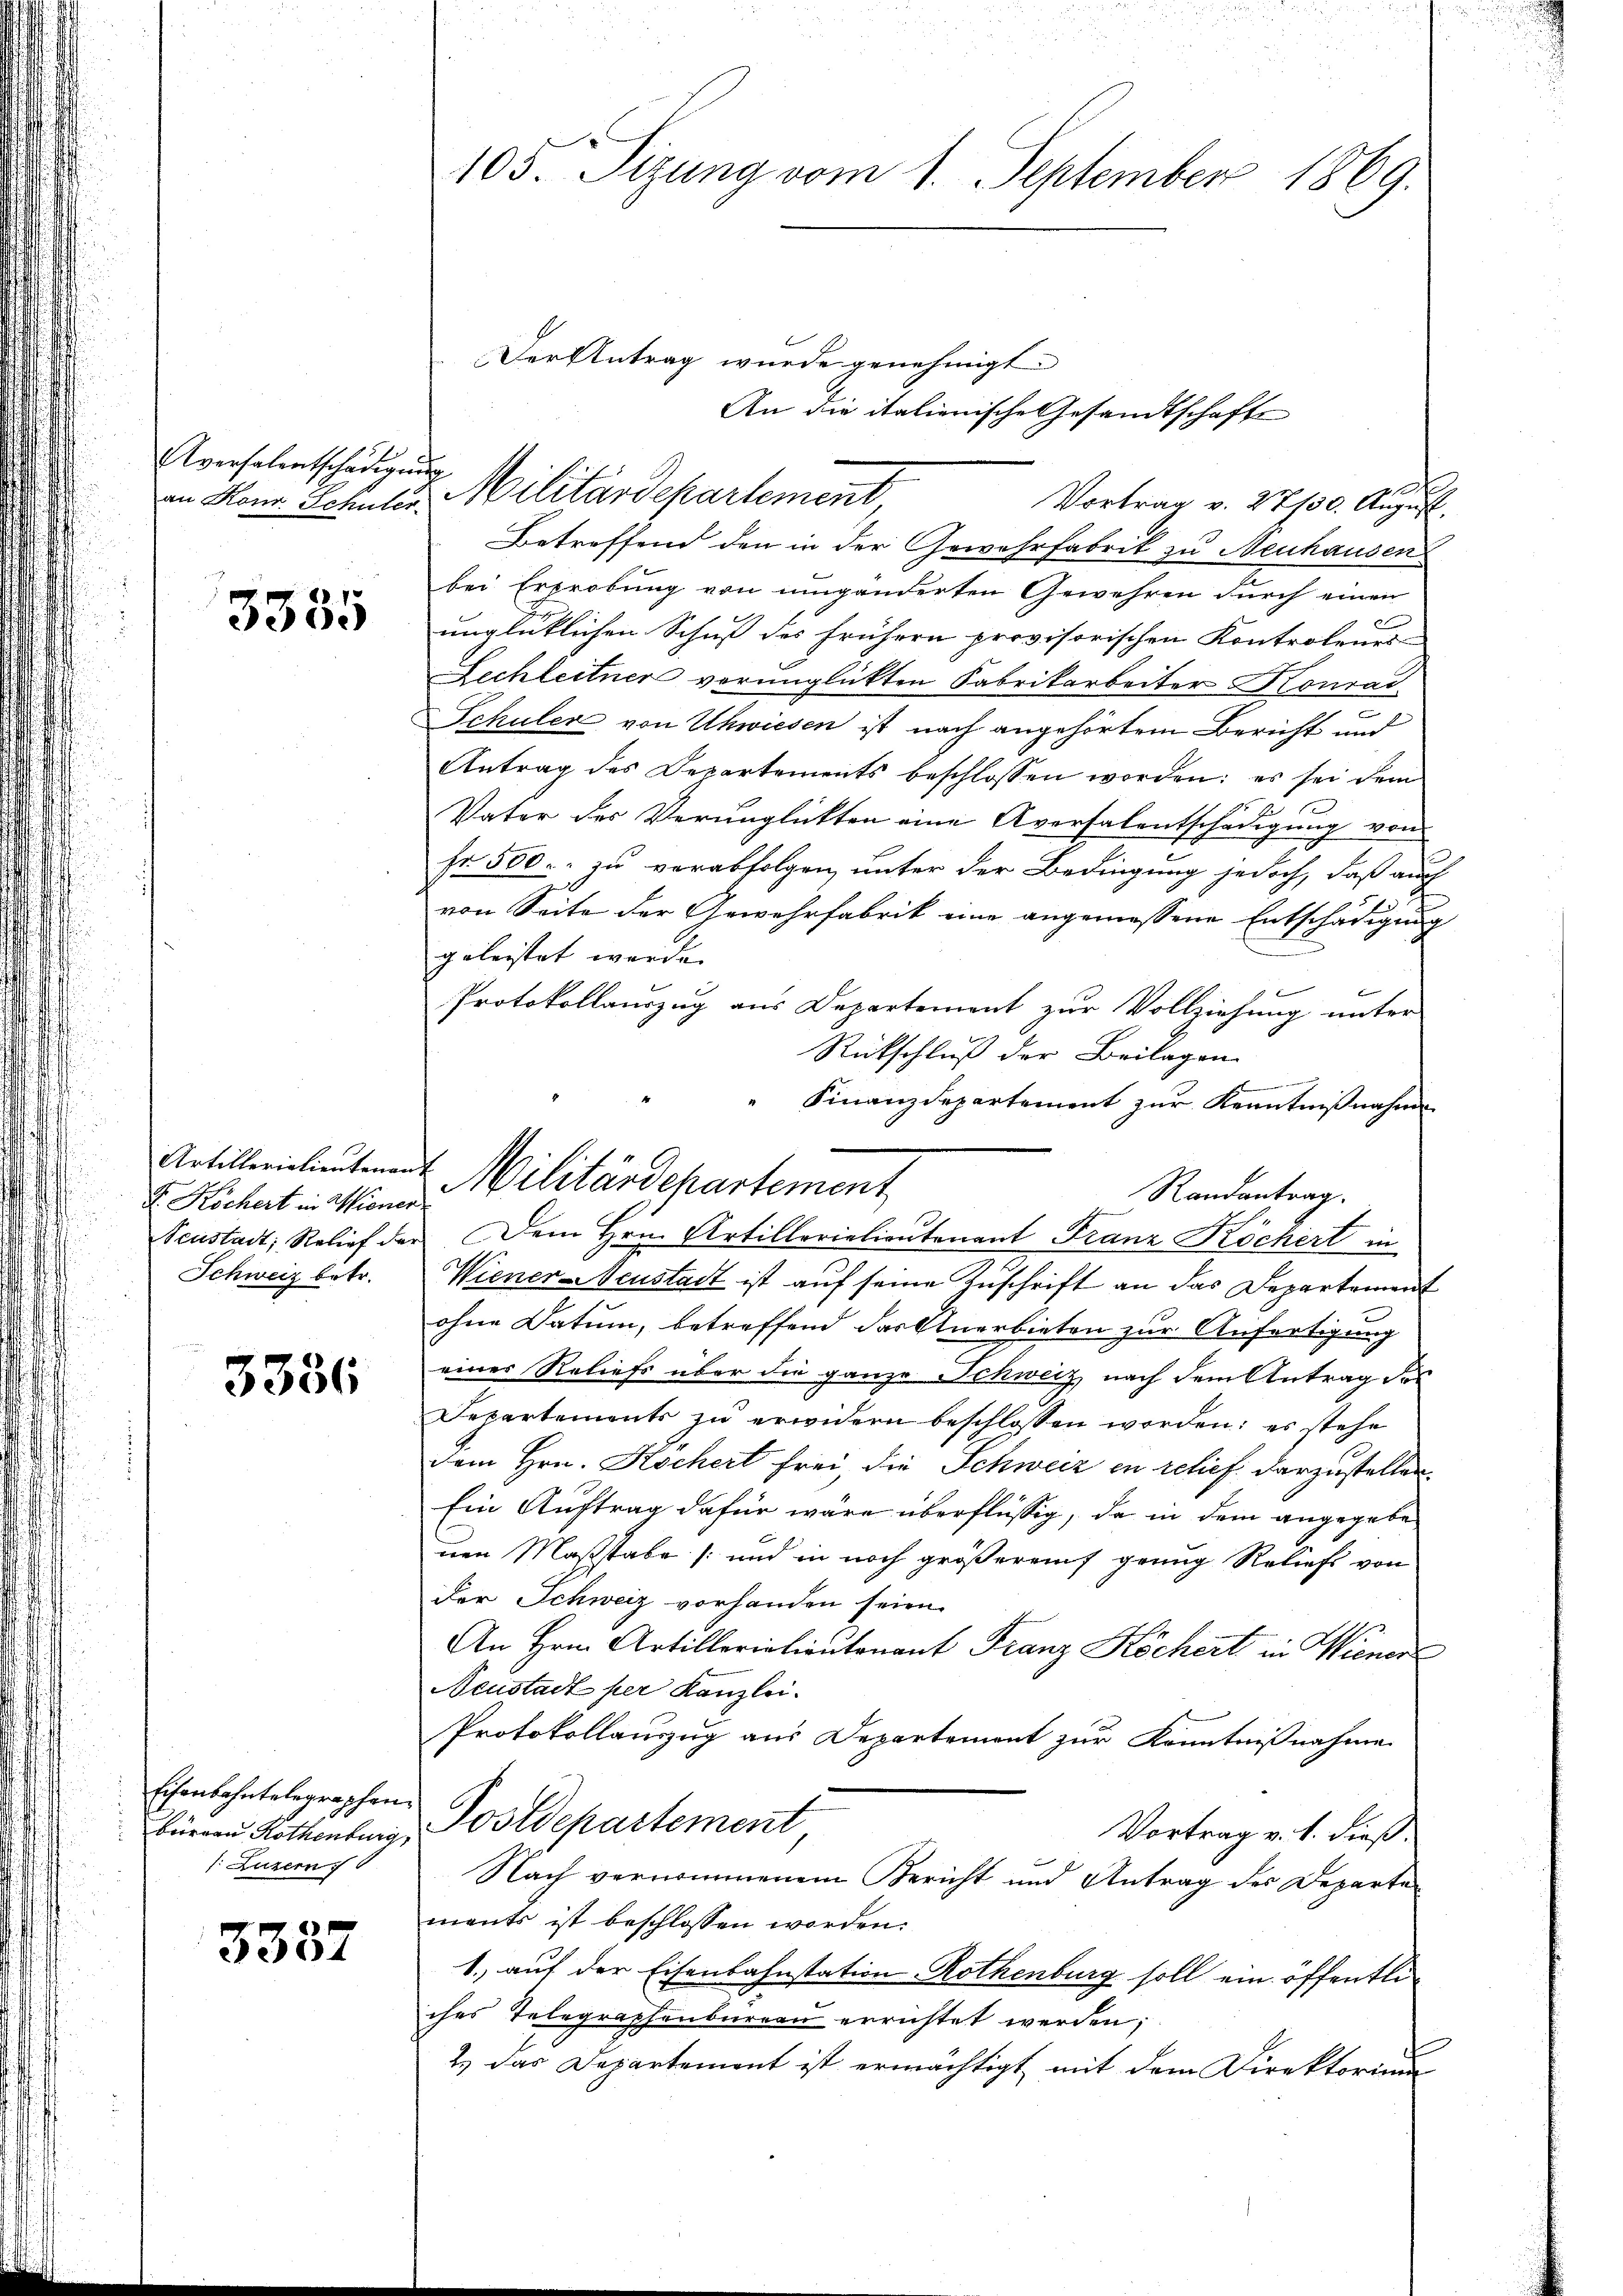
Aversalentschädigung
an Konr. Schüler

3335

G. Köchert in Wiener
Schweiz betr.

3336

Eisenbahntelegraphen
/. Luzern

3337

105. Sizung vom 1. September 1869.

Der Antrag wurde genehmigt.
Vortrag v. 27/30. August.
Betreffend den in der Gewehrfabrik zu Neuhausen
bei Erprobung von umgänderten Gewehren durch einen
x
unglücklichen Schuß des frühern provisorischen Kontroleurs
Lechleitner verunglückten Fabrikarbeiter Konrad
Schuler von Uhwiesen ist nach angehörtem Bericht und
Antrag des Departements beschlossen worden: es sei dem
Vater des Verunglickten eine Aversalentschädigung von
Fr. 500. zu verabfolgen, unter der Bedingung jedoch, daß auch
von Seite der Gewehrfabrik eine angemessene Entschädigung
geleistet werde.
f
Protokollauszug aus Departement zur Vollziehung unter-
Rückschluß der Beilagen.
Seustadt, Relief der Dem Hrn. Artillerielieutenant Franz Köchert in
Wiener Neustadt ist auf seine Zuschrift an das Departement
ohne Datum, betreffend das Anerbieten zur Anfertigung
eines Reliefs über die ganze Schweiz, nach dem Antrag des
Departements zu erwidern beschlossen worden; es stehe
dem Hrn. Kochert frei, die Schweiz in relief. darzustellen,
Ein Auftrag dafür wäre überflüssig, da in dem angegebenen Maßstabe (und in noch größereif grung Reliefs von
der Schweiz vorhanden seien.
An Hrn. Artillerialieutenant Franz Köchert in Wiener
Neustadt per Kanzlei.
Protokollauszug aus Departement zur Kenntnißnahme
bürren Rothenburg, Postdepartement
Vortrag v. 1. dieß¬
Nach vernommenem Bericht und Antrag des Departe
ments ist beschlossen worden.
1.) auf der Eisenbahnstation Rothenburg soll ein öffentliches Telegraphenbureau errichtet werden;
2.) Das Departement ist ermächtigt mit dem Direktorium

An die italienische Gesandtschafts
Militärdepartement,

" Finanzdepartement zur Kenntnißnahme
Artillericlieutenant Militärdepartement
Randantrag.